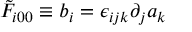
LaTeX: \tilde { F } _ { i 0 0 } \equiv b _ { i } = \epsilon _ { i j k } \partial _ { j } a _ { k }